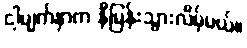
ငါ့မျက်နှာက နီမြန်းသွားလိမ့်မယ်။